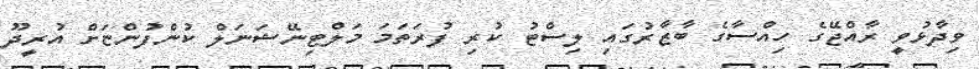
ވިދާޅުވީ ރާއްޖޭގެ ހިއްސާގެ ބާޒާރުގައި ލިސްޓު ކުރި ފުރަތަމަ މަލްޓިނޭޝަނަލް ކުންފުންޏަށް އުރީދޫ